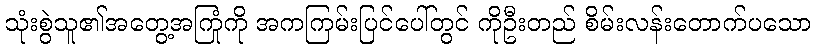
သုံးစွဲသူ၏အတွေ့အကြုံကို အကကြမ်းပြင်ပေါ်တွင် ကိုဦးတည် စိမ်းလန်းတောက်ပသော